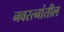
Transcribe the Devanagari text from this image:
नवरत्नांतील